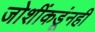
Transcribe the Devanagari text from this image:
जोशींकडूंनही